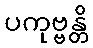
ပကုဗ္ဗန္တိ